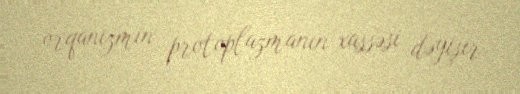
orqanizmin protoplazmanın xassəsi dəyişir.